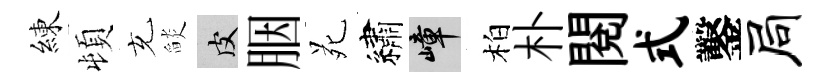
練頓充𦦨皮胭苑繡嶂柏朴閲式鑿局